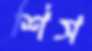
শিস